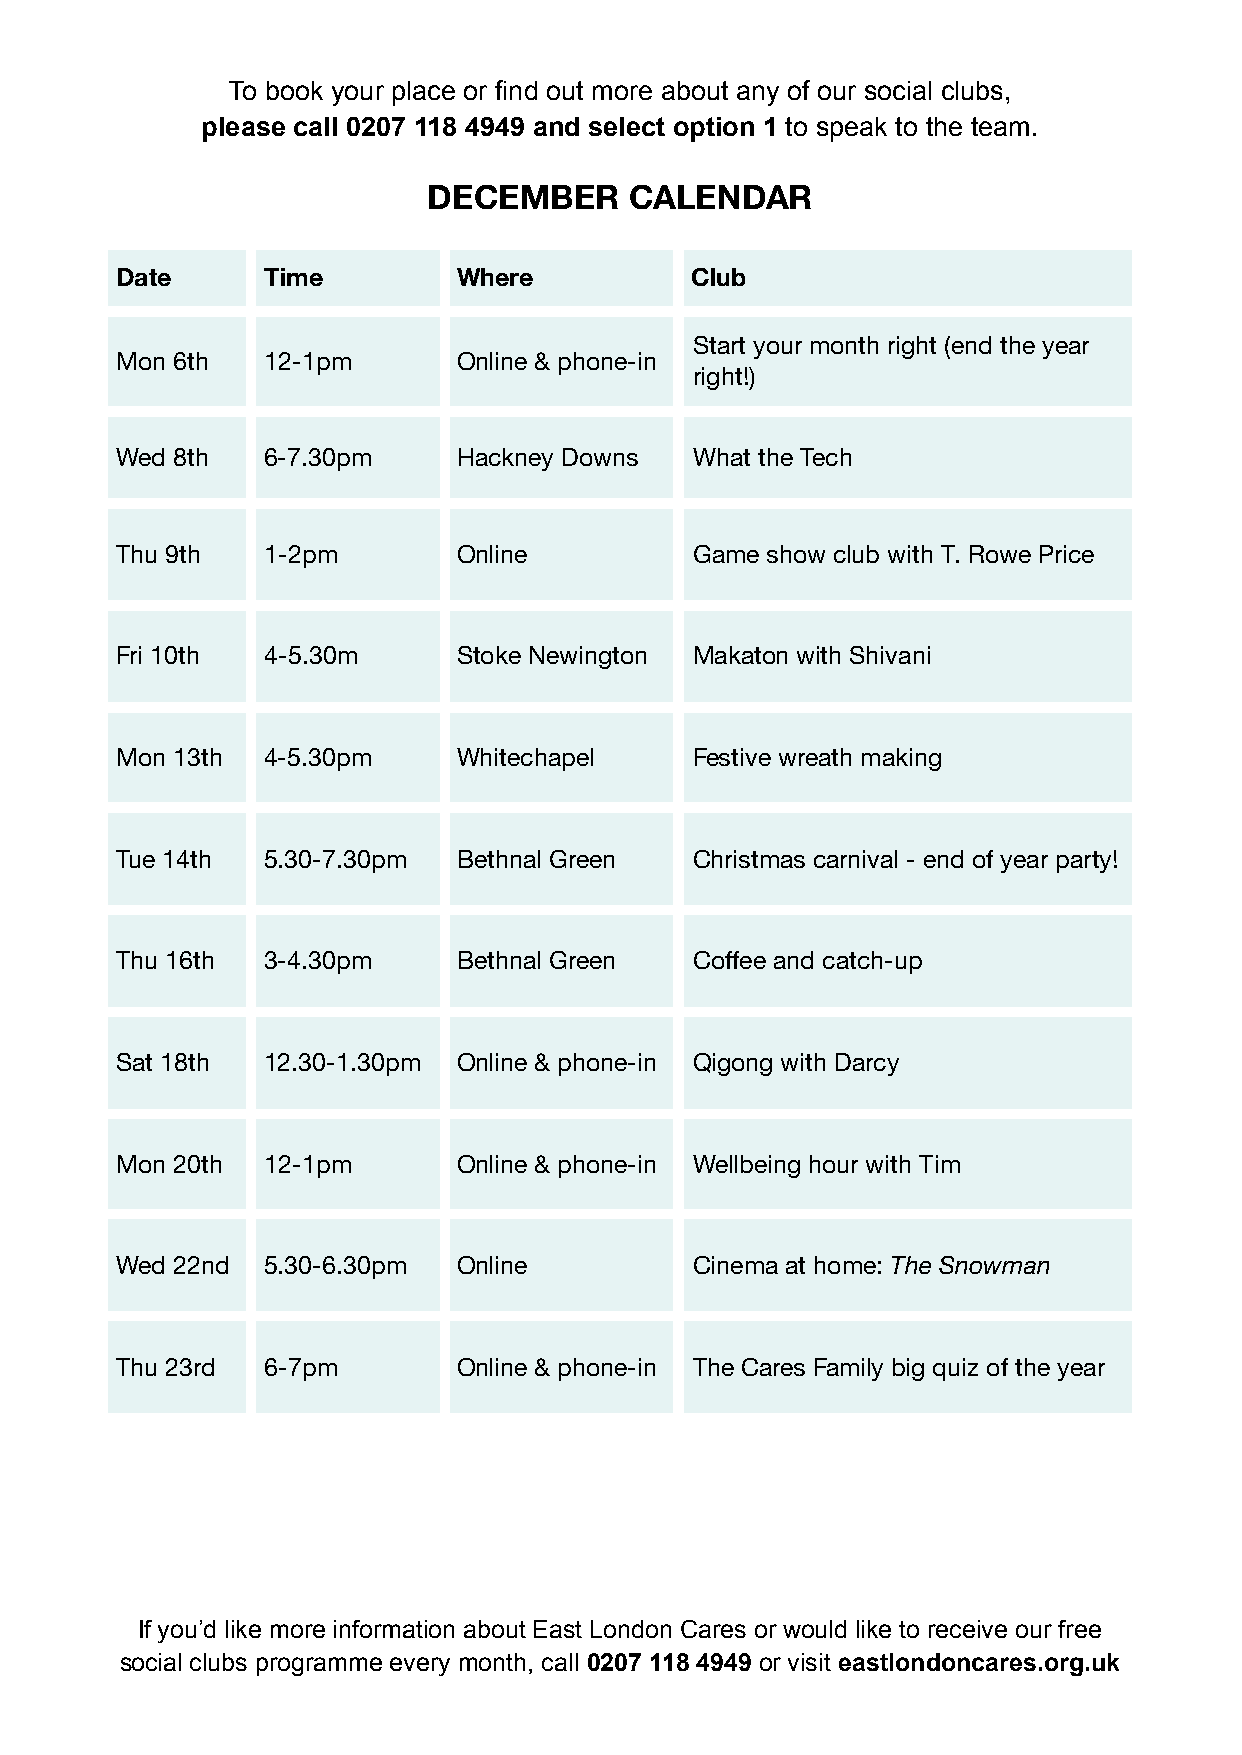
To book your place or find out more about any of our social clubs,
 please call 0207 118 4949 and select option 1 to speak to the team.
 DECEMBER      CALENDAR
 Date     Time         Where           Club
 Start your month right (end the year
 Mon 6th  12-1pm       Online & phone-in
 right!)
 Wed 8th  6-7.30pm     Hackney Downs   What the Tech
 Thu 9th  1-2pm        Online          Game show club with T. Rowe Price
 Fri 10th 4-5.30m      Stoke Newington Makaton with Shivani
 Mon 13th 4-5.30pm     Whitechapel     Festive wreath making
 Tue 14th 5.30-7.30pm  Bethnal Green   Christmas carnival - end of year party!
 Thu 16th 3-4.30pm     Bethnal Green   Coffee and catch-up
 Sat 18th 12.30-1.30pm Online & phone-in Qigong with Darcy
 Mon 20th 12-1pm       Online & phone-in Wellbeing hour with Tim
 Wed 22nd 5.30-6.30pm  Online          Cinema at home: The Snowman
 Thu 23rd 6-7pm        Online & phone-in The Cares Family big quiz of the year
 If you’d like more information about East London Cares or would like to receive our free
 social clubs programme every month, call 0207 118 4949 or visit eastlondoncares.org.uk